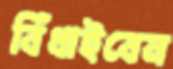
বিঁধাইবেন